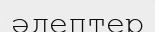
әдептер